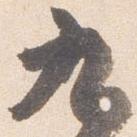
九